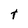
Character: t